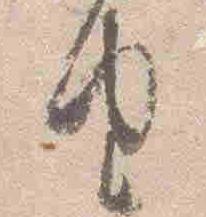
由